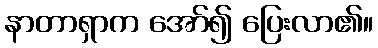
နာတာရှာက အော်၍ ပြေးလာ၏။